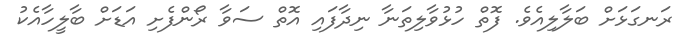
ރަނގަޅަށް ބަލާލިއެވެ. ފޮތް ހުޅުވާލިތަނާ ނިދާފައި އޮތް ސަވާ ރޯންފެށި އަޑަށް ބާލީހާއެކު